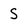
Character: S